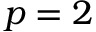
p = 2